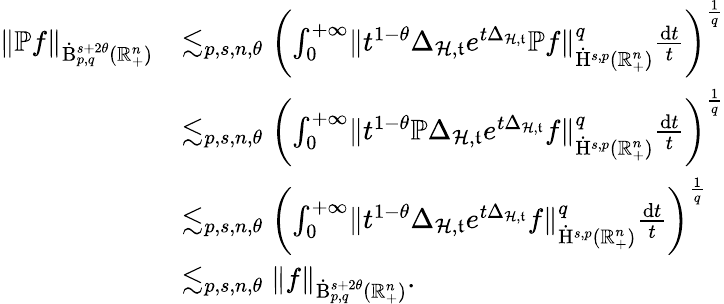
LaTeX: \begin{array}{rl}{\lVert\mathbb{P}f\rVert_{\dot{\mathrm{B}}_{p,q}^{s+2\theta}(\mathbb{R}_{+}^{n})}}&{\lesssim_{p,s,n,\theta}\left(\int_{0}^{+\infty}\lVert t^{1-\theta}\Delta_{\mathcal{H},\mathfrak{t}}e^{t\Delta_{\mathcal{H},\mathfrak{t}}}\mathbb{P}f\rVert_{\dot{\mathrm{H}}^{s,p}(\mathbb{R}_{+}^{n})}^{q}\frac{\mathrm{d}t}{t}\right)^{\frac{1}{q}}}\\ &{\lesssim_{p,s,n,\theta}\left(\int_{0}^{+\infty}\lVert t^{1-\theta}\mathbb{P}\Delta_{\mathcal{H},\mathfrak{t}}e^{t\Delta_{\mathcal{H},\mathfrak{t}}}f\rVert_{\dot{\mathrm{H}}^{s,p}(\mathbb{R}_{+}^{n})}^{q}\frac{\mathrm{d}t}{t}\right)^{\frac{1}{q}}}\\ &{\lesssim_{p,s,n,\theta}\left(\int_{0}^{+\infty}\lVert t^{1-\theta}\Delta_{\mathcal{H},\mathfrak{t}}e^{t\Delta_{\mathcal{H},\mathfrak{t}}}f\rVert_{\dot{\mathrm{H}}^{s,p}(\mathbb{R}_{+}^{n})}^{q}\frac{\mathrm{d}t}{t}\right)^{\frac{1}{q}}}\\ &{\lesssim_{p,s,n,\theta}\lVert f\rVert_{\dot{\mathrm{B}}_{p,q}^{s+2\theta}(\mathbb{R}_{+}^{n})}\mathrm{.~}}\end{array}